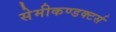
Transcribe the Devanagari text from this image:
सेमीकण्डक्टर्स